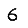
Digit: 6